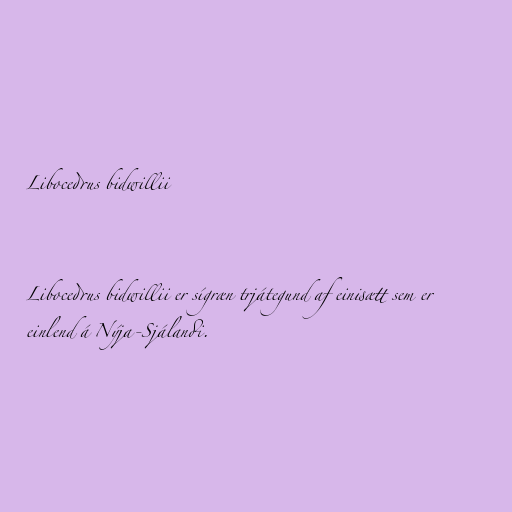
Libocedrus bidwillii

Libocedrus bidwillii er sígræn trjátegund af einisætt sem er
einlend á Nýja-Sjálandi.